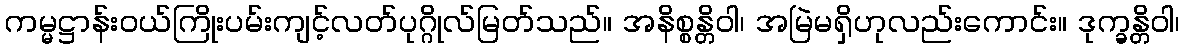
ကမ္မဋ္ဌာန်းဝယ်ကြိုးပမ်းကျင့်လတ်ပုဂ္ဂိုလ်မြတ်သည်။ အနိစ္စန္တိဝါ၊ အမြဲမရှိဟုလည်းကောင်း။ ဒုက္ခန္တိဝါ၊